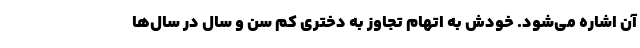
آن اشاره می‌شود. خودش به اتهام تجاوز به دختری کم‌ سن و سال در سال‌ها